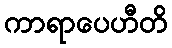
ကာရာပေဟီတိ